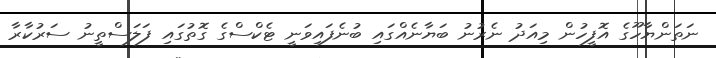
ނަތަންޔާހޫގެ އޮފީހުން މިއަދު ނެރުނު ބަޔާނެއްގައި ބުނެފައިވަނީ ޓެކްސްގެ ގޮތުގައި ފަލަސްތީނު ސަރުކާރާ